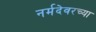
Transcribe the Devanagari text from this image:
नर्मदेवरच्या